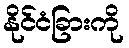
နိုင်ငံခြားကို